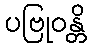
ပဗြုဝန္တိ